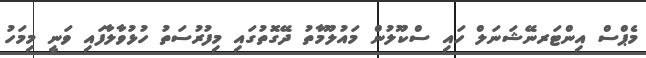
މެޕްސް އިންޓަރނޭޝަނަލް ހައި ސްކޫލުން މައުލޫމާތު ދޭގޮތުގައި މިފުރުސަތު ހުޅުވާލާފައި ވަނީ މިމަހު